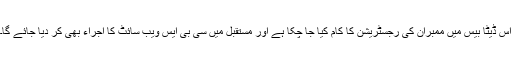
اس ڈیٹا بیس میں ممبران کی رجسٹریشن کا کام کیا جا چکا ہے اور مستقبل میں سی بی ایس ویب سائٹ کا اجراء بھی کر دیا جائے گا۔